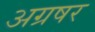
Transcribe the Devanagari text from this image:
अग्रषर